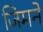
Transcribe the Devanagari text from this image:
जिमने